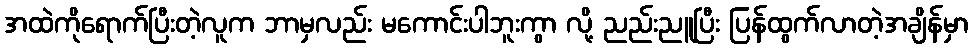
အထဲကိုရောက်ပြီးတဲ့လူက ဘာမှလည်း မကောင်းပါဘူးကွာ လို့ ညည်းညူပြီး ပြန်ထွက်လာတဲ့အချိန်မှာ